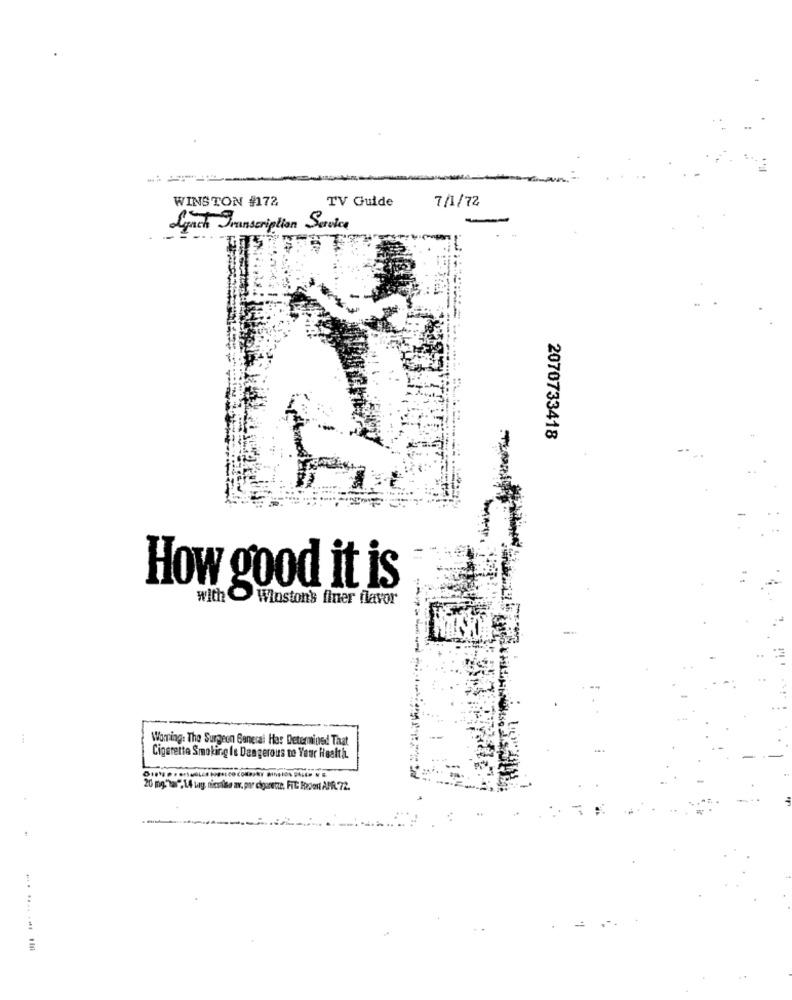
WINSTON #172
TV Guide
7/1/72
Lynch Transcription Service
2070733418
How good it is
with Winston's finer flavor
-----
Woning: The Surgeon General Har Determined That
Cigarette Smoking Is Dangerous to Your Health
20 mg"ta" 14 Lay nicite av, por ciourette, FIC Reson APR. 72.